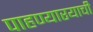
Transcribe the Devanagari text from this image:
पाहण्यारयाची